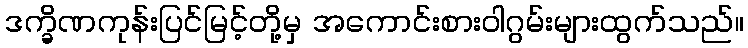
ဒက္ခိဏကုန်းပြင်မြင့်တို့မှ အကောင်းစားဝါဂွမ်းများထွက်သည်။